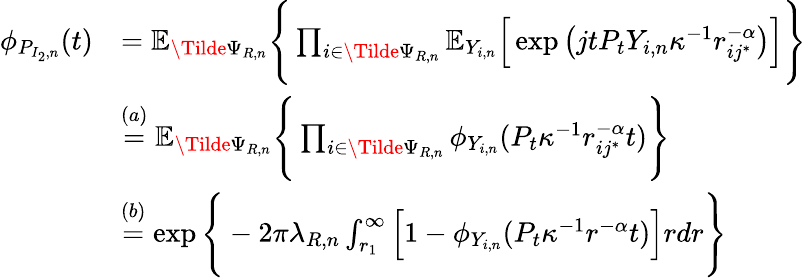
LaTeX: \begin{array}{rl}{\phi_{P_{I_{2},n}}(t)}&{=\mathbb{E}_{\Tilde{\Psi}_{R,n}}\Bigg\{ \prod_{i\in\Tilde{\Psi}_{R,n}}\mathbb{E}_{Y_{i,n}}\Big[\exp\big(jtP_{t}Y_{i,n}\kappa^{-1}r_{ij^{*}}^{-\alpha}\big)\Big]\Bigg\} }\\ &{\stackrel{(a)}{=}\mathbb{E}_{\Tilde{\Psi}_{R,n}}\Bigg\{ \prod_{i\in\Tilde{\Psi}_{R,n}}\phi_{Y_{i,n}}(P_{t}\kappa^{-1}r_{ij^{*}}^{-\alpha}t)\Bigg\} }\\ &{\stackrel{(b)}{=}\exp\Bigg\{ -2\pi\lambda_{R,n}\int_{r_{1}}^{\infty}\Big[1-\phi_{Y_{i,n}}(P_{t}\kappa^{-1}r^{-\alpha}t)\Big]rdr\Bigg\} }\end{array}